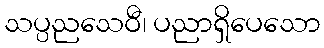
သပ္ပညသေဝီ၊ ပညာရှိပေသော